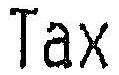
TAX